Indian journal of veterinary science and animal husbandry - Volume 14,
Year: 1944
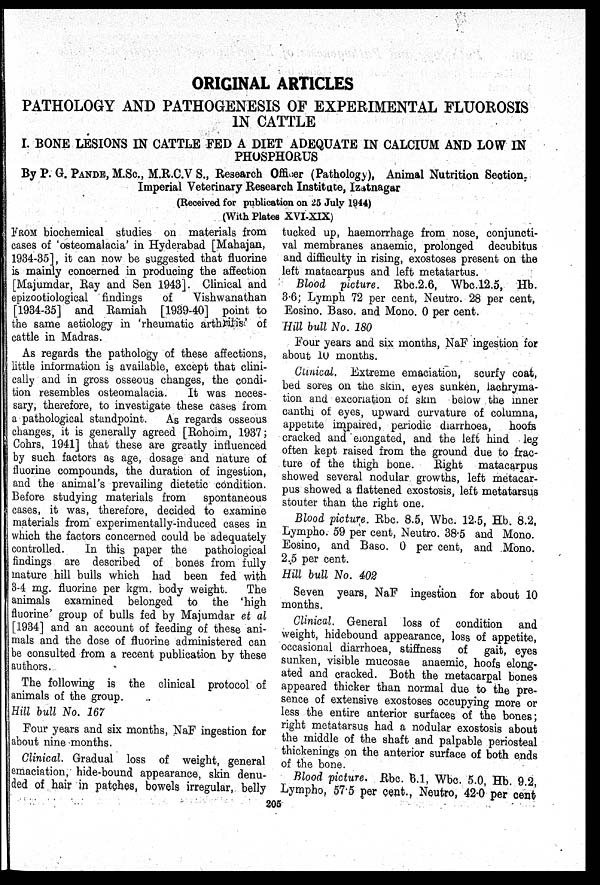
ORIGINAL ARTICLES
PATHOLOGY AND PATHOGENESIS OF EXPERIMENTAL FLUOROSIS
IN CATTLE
I. BONE LESIONS IN CATTLE FED A DIET ADEQUATE IN CALCIUM AND LOW IN
PHOSPHORUS
By P. G. PANDE, M.Sc., M.R.C.V S., Research Officer (Pathology), Animal Nutrition Section
Imperial Veterinary Research Institute, Izatnagar
(Received for publication on 25 July 1944)
(With Plates XVI-XIX)
FROM biochemical studies on materials from
cases of 'osteomalacia' in Hyderabad [Mahajan,
1934-35], it can now be suggested that fluorine
is mainly concerned in producing the affection
[Majumdar, Ray and Sen 1943]. Clinical and
epizootiological findings of
Vishwanathan
[1934-35] and Ramiah [1939-40] point to
the same aetiology in 'rheumatic arthritis' of
cattle in Madras.
As regards the pathology of these affections,
little information is available, except that clini-
cally and in gross osseous changes, the condi-
tion resembles osteomalacia.
It was neces-
sary, therefore, to investigate these cases from
a pathological standpoint. As regards osseous
changes, it is generally agreed [Rohoim, 1937;
Cohrs, 1941] that these are greatly influenced
by such factors as age, dosage and nature of
fluorine compounds, the duration of ingestion,
and the animal's prevailing dietetic condition.
Before studying materials from spontaneous
cases, it was, therefore, decided to examine
materials from experimentally-induced cases in
which the factors concerned could be adequately
controlled.
In this paper the pathological
findings are described of bones from fully
mature hill bulls which had been fed with
3-4 mg. fluorine per kgm. body weight. The
animals examined belonged to the 'high
fluorine' group of bulls fed by Majumdar et al
[1934] and an account of feeding of these ani-
mals and the dose of fluorine administered can
be consulted from a recent publication by these
authors.
The following is the clinical protocol of
animals of the group.
Hill bull No. 167
Four years and six months, NaF ingestion for
about nine months.
Clinical. Gradual loss of weight, general
emaciation, hide-bound appearance, skin denu-
ded of hair in patches, bowels irregular, belly
tucked up, haemorrhage from nose, conjuncti-
val membranes anaemic, prolonged decubitus
and difficulty in rising, exostoses present on the
left matacarpus and left metatartus.
Blood picture. Rbc.2.6, Wbc.12.5, Hb.
3.6; Lymph 72 per cent, Neutro. 28 per cent,
Eosino. Baso. and Mono. 0 per cent.
Hill bull No. 180
Four years and six months, NaF ingestion for
about 10 months.
Clinical. Extreme emaciation, scurfy coat,
bed sores on the skin, eyes sunken, lachryma-
tion and excoriation of skin below the inner
canthi of eyes, upward curvature of columna,
appetite impaired, periodic diarrhoea, hoofs
cracked and elongated, and the left hind leg
often kept raised from the ground due to frac-
ture of the thigh bone. Right matacarpus
showed several nodular growths, left metacar-
pus showed a flattened exostosis, left metatarsus
stouter than the right one.
Blood picture. Rbc. 8.5, Wbc. 12.5, Hb. 8.2,
Lympho. 59 per cent, Neutro. 38.5 and Mono.
Eosino, and Baso. 0 per cent, and Mono.
2.5 per cent.
Hill bull No. 402
Seven years, NaF ingestion for about 10
months.
Clinical. General loss of condition and
weight, hidebound appearance, loss of appetite,
occasional diarrhoea, stiffness of gait, eyes
sunken, visible mucosae anaemic, hoofs elong-
ated and cracked. Both the metacarpal bones
appeared thicker than normal due to the pre-
sence of extensive exostoses occupying more or
less the entire anterior surfaces of the bones;
right metatarsus had a nodular exostosis about
the middle of the shaft and palpable periosteal
thickenings on the anterior surface of both ends
of the bone.
Blood picture. Rbc. 6.1, Wbc. 5.0, Hb. 9.2,
Lympho, 57.5 per cent., Neutro, 42.0 per cent
205